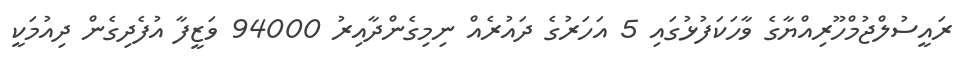
ރައީސުލްޖުމްހޫރިއްޔާގެ ވާހަކަފުޅުގައި 5 އަހަރުގެ ދައުރެއް ނިމިގެންދާއިރު 94000 ވަޒީފާ އުފެދިގެން ދިއުމަކީ